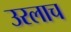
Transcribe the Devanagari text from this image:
उरलाच